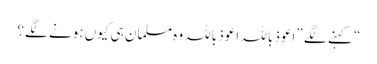
“ کہنے لگے ”اعوذ باللہ اعوذ باللہ وہ مسلمان ہی کیوں ہونے لگے؟